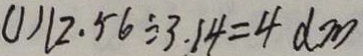
( 1 ) 1 2 . 5 6 \div 3 . 1 4 = 4 d m